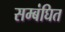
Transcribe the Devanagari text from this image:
सम्बंघित